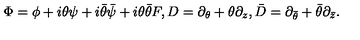
\Phi = \phi + i \theta \psi + i \bar { \theta } \bar { \psi } + i \theta \bar { \theta } F , D = \partial _ { \theta } + \theta \partial _ { z } , \bar { D } = \partial _ { \bar { \theta } } + \bar { \theta } \partial _ { \bar { z } } .